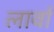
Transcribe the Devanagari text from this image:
लार्वां